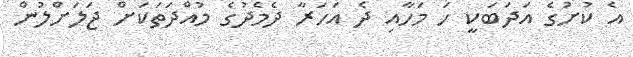
އެ ކުށުގެ އަދަބަކީ ހަ މަހާއި ދެ އަހަރާ ދެމެދުގެ މުއްދަތަކަށް ޖަލަށްލުން